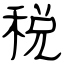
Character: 稅